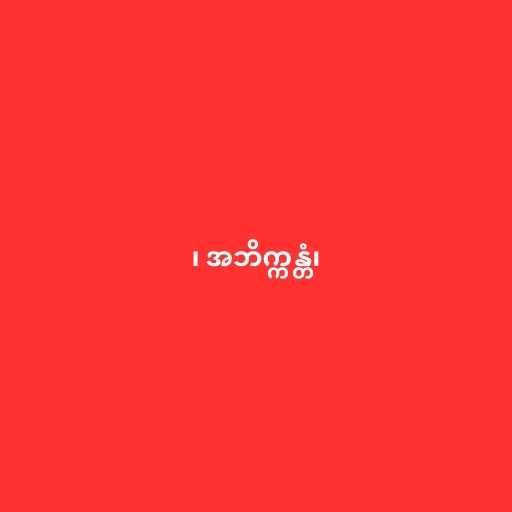
၊ အဘိက္ကန္တံ၊